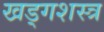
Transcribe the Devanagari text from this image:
खड्गशस्त्र